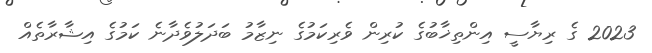
2023 ގެ ރިޔާސީ އިންތިޚާބުގެ ކުރިން ވެރިކަމުގެ ނިޒާމު ބަދަލުވެދާނެ ކަމުގެ އިޝާރާތެއް